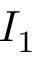
I _ { 1 }